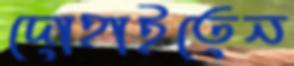
দোহাইতেন